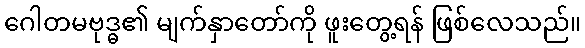
ဂေါတမဗုဒ္ဓ၏ မျက်နှာတော်ကို ဖူးတွေ့ရန် ဖြစ်လေသည်။